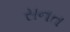
સનત